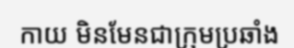
កាយ មិនមែនជាក្រុមប្រឆាំង